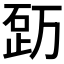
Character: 𥒿